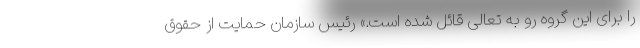
را برای این گروه رو به تعالی قائل شده است.» رئیس سازمان حمایت از حقوق